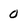
Character: 0